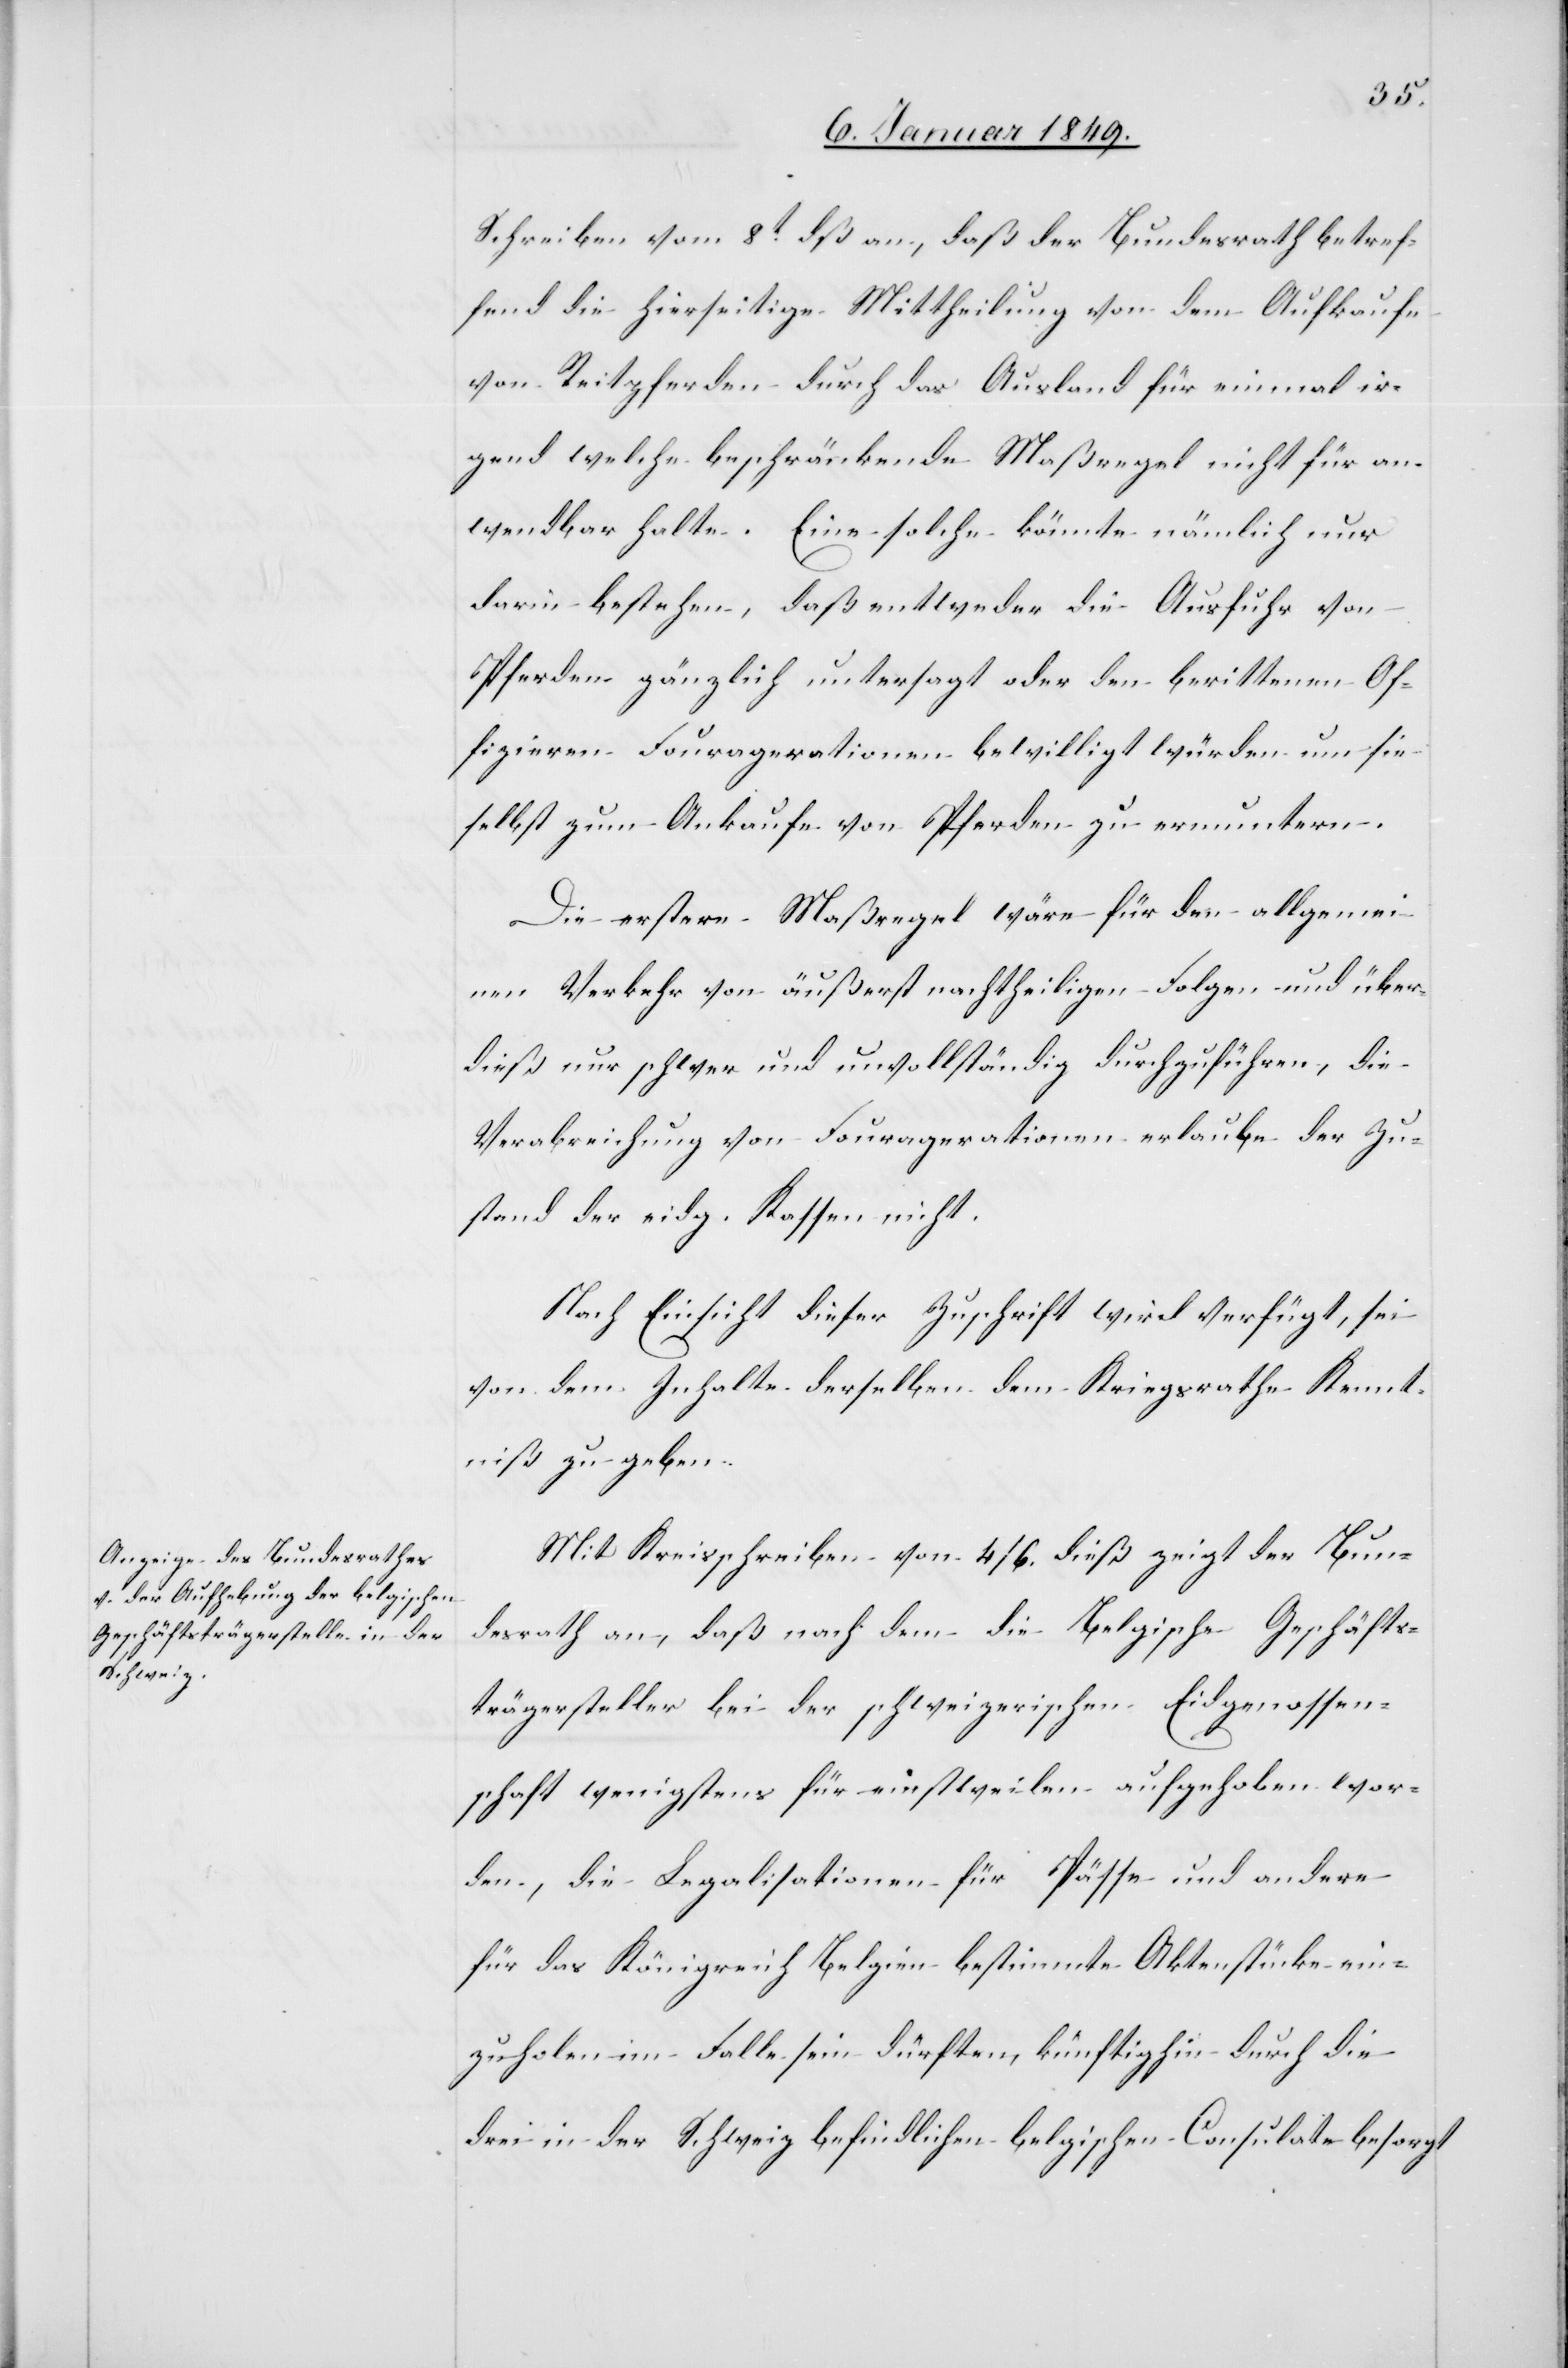
10. Januar 1849.]
Schreiben vom 8t. dß an, daß der Bundesrath betref¬
fend die hierseitige Mittheilung von dem Aufkaufe
von Reitpferden durch das Ausland für einmal ir¬
gend welche beschränkende Maßregel nicht für an¬
wendbar halte. Eine solche könnte nämlich nur
darin bestehen, daß entweder die Ausfuhr von
Pferden gänzlich untersagt oder den berittenen Of¬
fizieren Fouragerationen bewilligt würden um sie
selbst zum Ankaufe von Pferden zu ermuntern.
Die erstere Maßregel wäre für den allgemei¬
nen Verkehr von äußerst nachtheiligen Folgen und über¬
dieß nur schwer und unvollständig durchzuführen, die
Verabreichung von Fouragerationen erlaube der Zu¬
stand der eidg. Kassen nicht.
Nach Einsicht dieser Zuschrift wird verfügt, sei
von dem Inhalte derselben dem Kriegsrathe Kennt¬
niß zu geben.
Mit Kreisschreiben von 4/6. dieß zeigt der Bun¬
desrath an, daß nach dem die Belgische Geschäfts¬
trägerstelle bei der schweizerischen Eidgenossen¬
schaft wenigstens für einstweilen aufgehoben wor¬
den, die Legalisationen für Pässe und andere
für das Königreich Belgien bestimmte Aktenstücke ein¬
zuholen im Falle sein dürften, künftighin durch die
drei in der Schweiz befindlichen belgischen Consulate besorgt